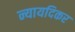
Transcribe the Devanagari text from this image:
न्यायदिकर